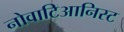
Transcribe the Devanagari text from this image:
नोवाटिआनिस्ट